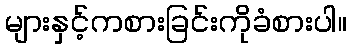
များနှင့်ကစားခြင်းကိုခံစားပါ။